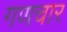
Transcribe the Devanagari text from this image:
गणचार